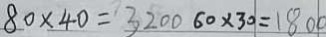
8 0 \times 4 0 = 3 2 0 0 6 0 \times 3 0 = 1 8 0 0